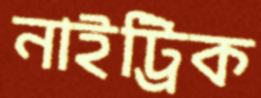
নাইট্রিক